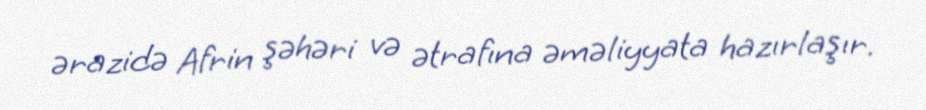
ərazidə Afrin şəhəri və ətrafına əməliyyata hazırlaşır.